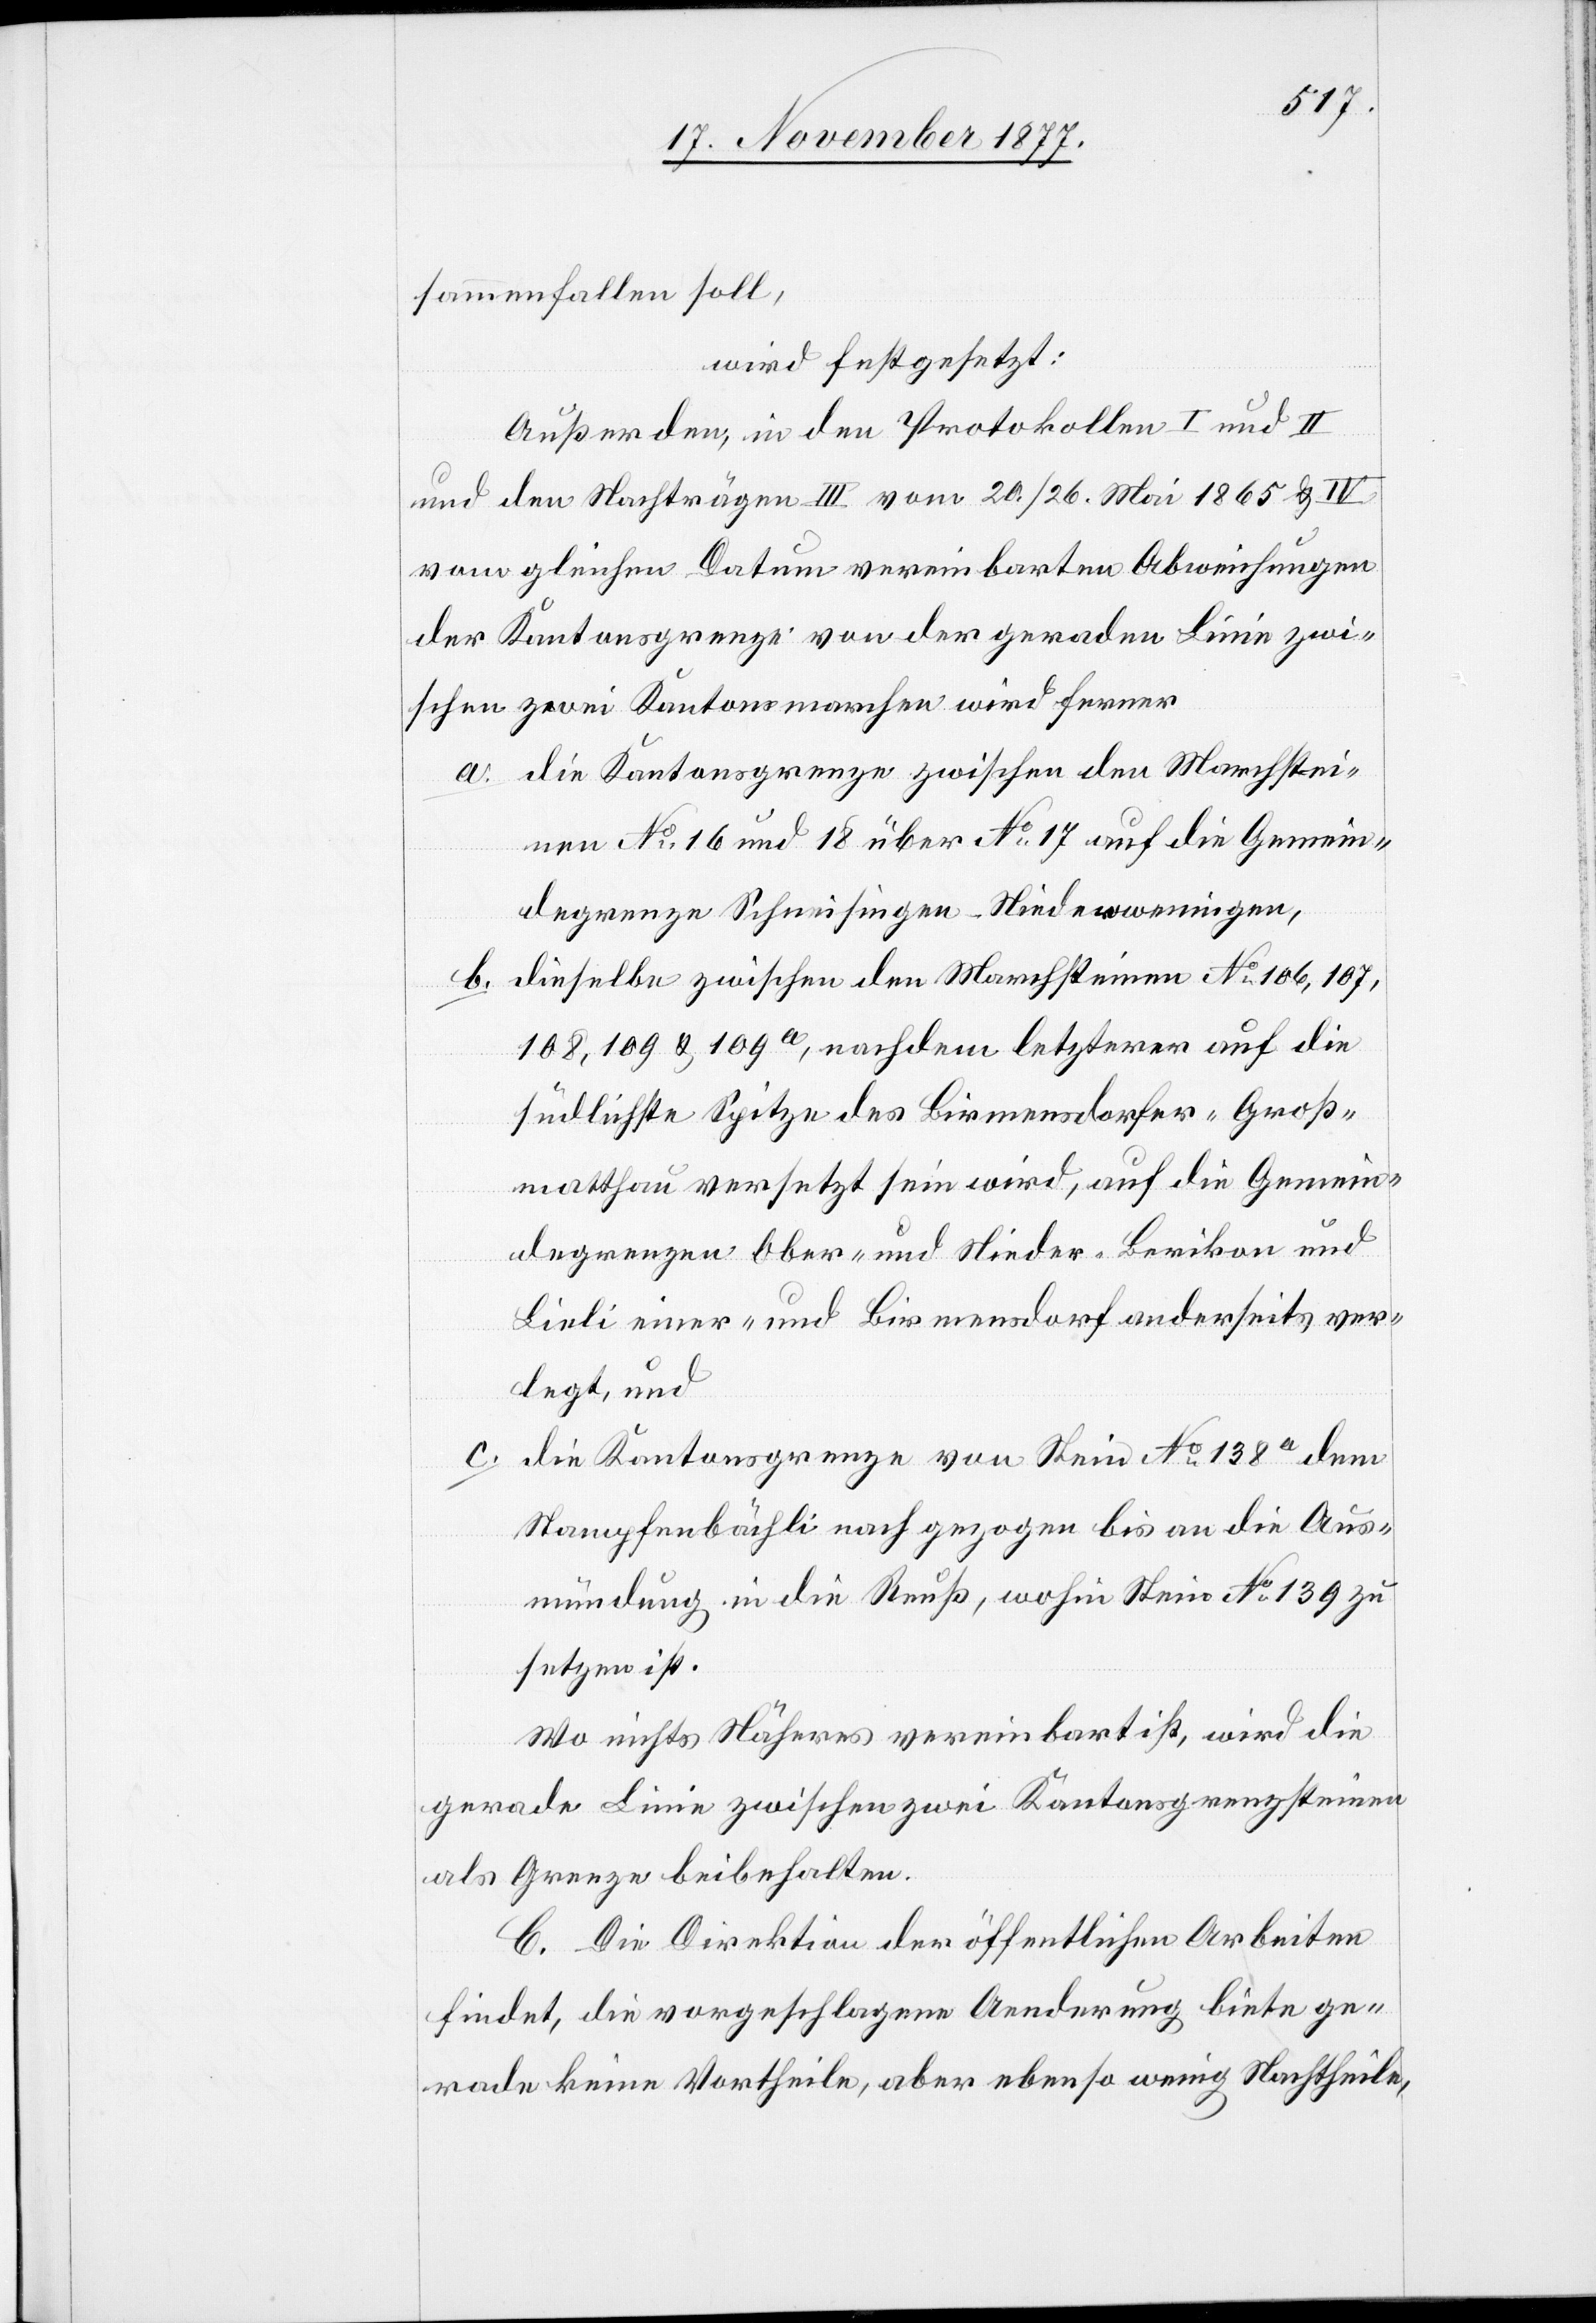
sammenfallen soll,
wird festgesetzt:
Außer den, in den Protokollen I und II
und den Nachträgen III vom 20./26. Mai 1865 & IV
vom gleichen Datum vereinbarten Abweichungen
der Kantonsgrenze von der geraden Linie zwi¬
schen zwei Kantonsmarchen wird ferner
die Kantonsgrenze zwischen den Marchstei¬
nen No 16 und 18 über No 17 auf die Gemein¬
degrenze Schneisingen-Niederweningen,
dieselbe zwischen den Marchsteinen No 106, 107
108, 109 & 109a, nachdem letzterer auf die
südlichste Spitze des Birmensdorfer-Groß¬
matthau versetzt sein wird, auf die Gemein¬
degrenzen Ober- und Nieder-Berikon und
Lieli einer- und Birmensdorf anderseits ver¬
legt, und
c.
die Kantonsgrenze von Stein No 138a dem
Stampfenbächli nach gezogen bis an die Aus¬
mündung in die Reuß, wohin Stein No 139 zu
setzen ist.
Wo nichts Näheres vereinbart ist, wird die
gerade Linie zwischen zwei Kantonsgrenzsteinen
als Grenze beibehalten.
C. Die Direktion der öffentlichen Arbeiten
findet, die vorgeschlagene Aenderung biete ge¬
rade keine Vortheile, aber ebenso wenig Nachtheile,